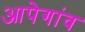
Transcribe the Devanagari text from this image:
आपेगांव